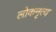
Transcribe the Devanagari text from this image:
लोकनृत्‍य